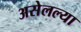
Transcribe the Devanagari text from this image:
असेलल्या